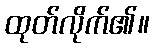
ထုတ်လိုက်၏။